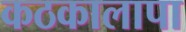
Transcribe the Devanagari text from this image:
कठकालापा